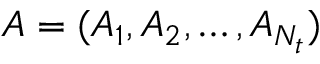
A = ( A _ { 1 } , A _ { 2 } , \ldots , A _ { N _ { t } } )